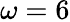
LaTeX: \omega=6